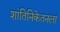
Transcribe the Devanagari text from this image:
शांतिनिकेतनला